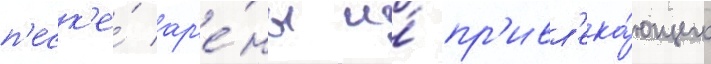
п'еск'е́ ар'е́ны и́ пр'ивл'ека́ющего